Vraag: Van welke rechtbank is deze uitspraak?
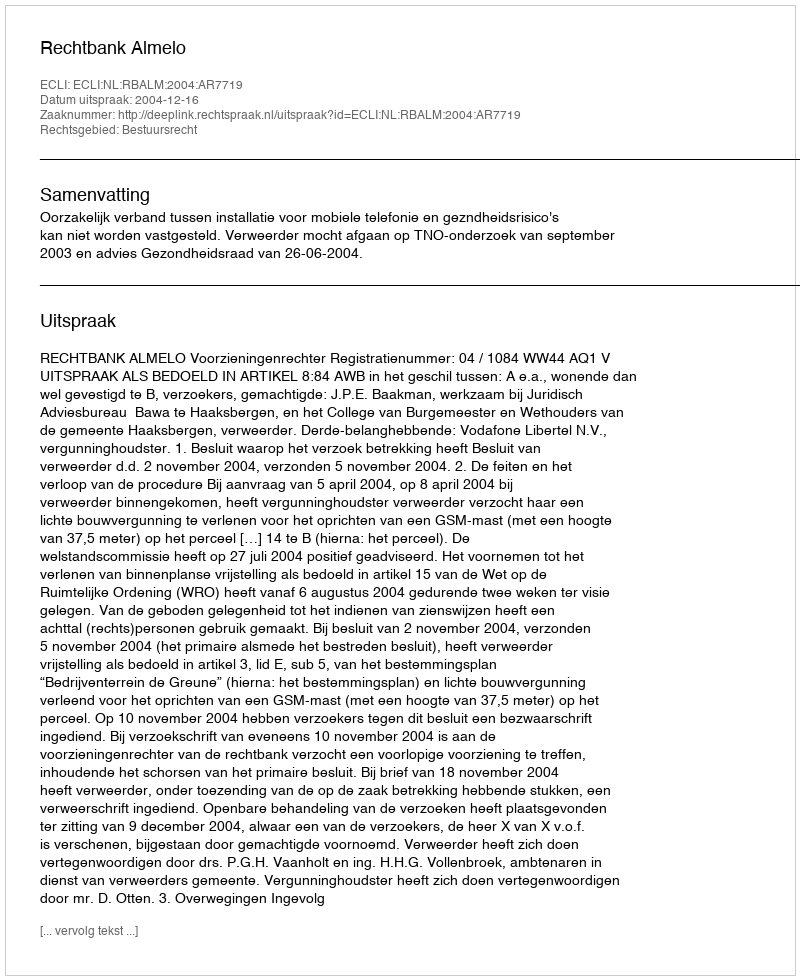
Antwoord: Rechtbank Almelo